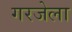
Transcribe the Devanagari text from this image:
गरजेला